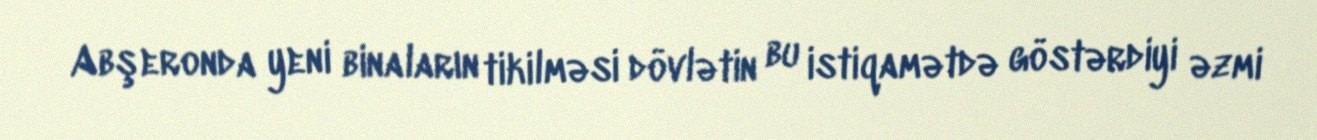
Abşeronda yeni binaların tikilməsi dövlətin bu istiqamətdə göstərdiyi əzmi